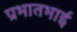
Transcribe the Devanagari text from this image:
प्रभातभाई